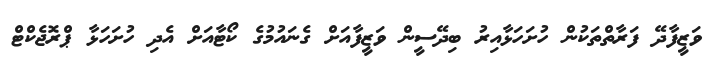
ވަޒީފާދޭ ފަރާތްތަކުން ހުށަހަޅާއިރު ބިދޭސީން ވަޒީފާއަށް ގެނައުމުގެ ކޯޓާއަށް އެދި ހުށަހަޅާ ޕްރޮޖެކްޓް